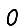
Digit: 0